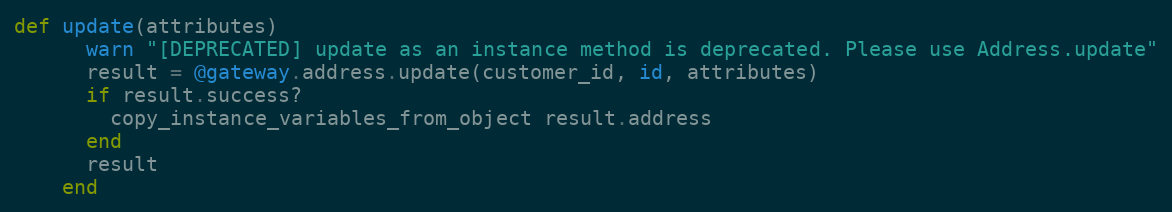
Language: Ruby
def update(attributes)
      warn "[DEPRECATED] update as an instance method is deprecated. Please use Address.update"
      result = @gateway.address.update(customer_id, id, attributes)
      if result.success?
        copy_instance_variables_from_object result.address
      end
      result
    end